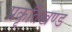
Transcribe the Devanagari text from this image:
प्रकृतिखण्ड